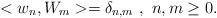
LaTeX: \begin{align*}<w_{n},W_{m}>=\delta_{n,m}\ , \ n,m\ge 0.\end{align*}